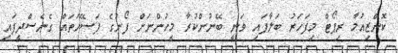
ކޮންޒިއުމާ ރިޕޯޓް މިފަހަރު ބަލާފައި ވަނީ ބޭނުންކުރާ މީހުންނަށް ފޯނުގެ ފަސޭހަތައް ގެނެސްދީފައި